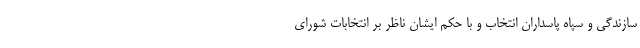
سازندگی و سپاه پاسداران انتخاب و با حکم ایشان ناظر بر انتخابات شورای